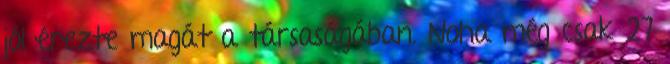
jól érezte magát a társaságában. Noha még csak 27